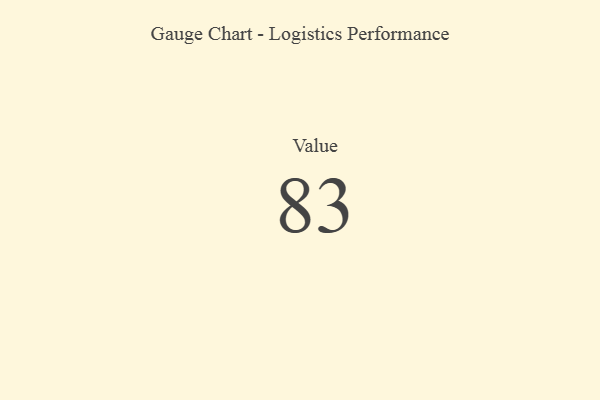
{"axis": {"x": "Metric", "y": "Value"}, "legend": [""], "data": [{"x": "Value", "y": 83, "type": ""}]}